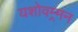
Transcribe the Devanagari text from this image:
यशोवम्र्मन